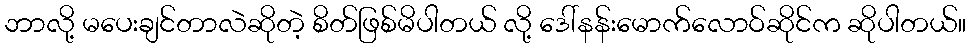
ဘာလို့ မပေးချင်တာလဲဆိုတဲ့ စိတ်ဖြစ်မိပါတယ် လို့ ဒေါ်နန်းမောက်လောဝ်ဆိုင်က ဆိုပါတယ်။